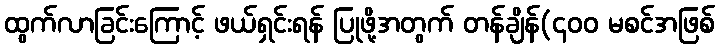
ထွက်လာခြင်းကြောင့် ဖယ်ရှင်းရန် ပြုဖို့အတွက် တန်ချိန်(၄၀၀ မစင်အဖြစ်